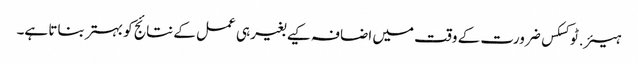
ہیئر.ٹوکسکس ضرورت کے وقت میں اضافہ کیے بغیر ہی عمل کے نتائج کو بہتر بناتا ہے۔